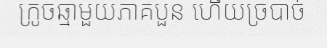
ក្រូចឆ្មាមួយភាគបួន ហើយច្របាច់